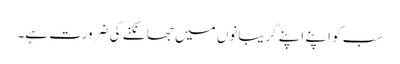
سب کو اپنے اپنے گریبانوں میں جھانکنے کی ضرورت ہے۔